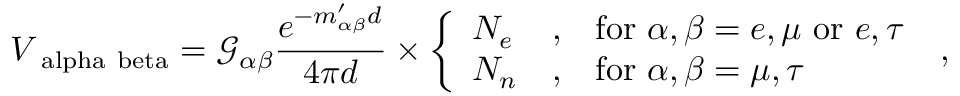
V _ { \mathrm { \ a l p h a \ b e t a } } = \mathcal { G } _ { \alpha \beta } \frac { e ^ { - m _ { \alpha \beta } ^ { \prime } d } } { 4 \pi d } \times \left\{ \begin{array} { l l l } { N _ { e } } & { , } & { \mathrm { f o r } ~ \alpha , \beta = e , \mu ~ \mathrm { o r } ~ e , \tau } \\ { N _ { n } } & { , } & { \mathrm { f o r } ~ \alpha , \beta = \mu , \tau } \end{array} \right. \; ,